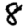
Digit: 8